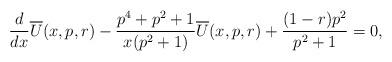
LaTeX: \begin{align*}\frac{d}{dx}\overline{U}(x,p,r)-\frac{p^4+p^2+1}{x(p^2+1)}\overline{U}(x,p,r)+\frac{(1-r)p^2}{p^2+1}=0,\end{align*}